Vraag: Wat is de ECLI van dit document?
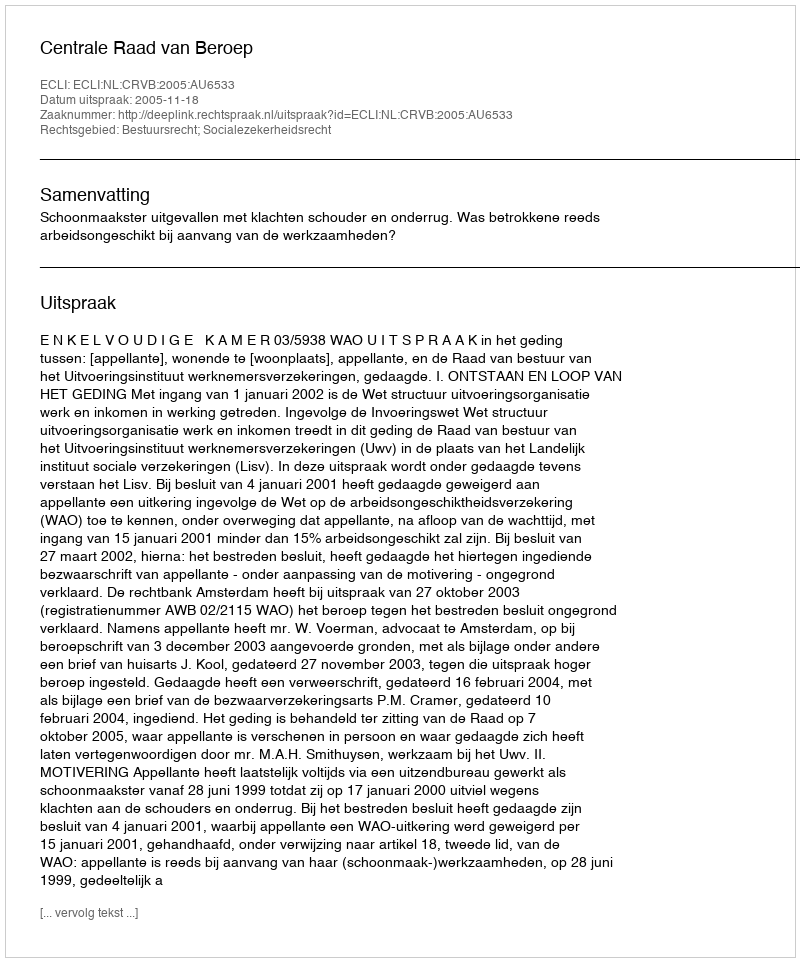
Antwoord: ECLI:NL:CRVB:2005:AU6533